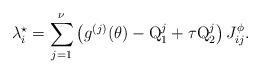
LaTeX: \begin{align*}\lambda_i^{\star} = \sum_{j=1}^{\nu} \left( g^{(j)}(\theta)-{\rm Q}_1^j + \tau {\rm Q}_2^j \right) J^{\phi}_{ij}.\end{align*}